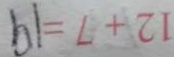
1 2 + 7 = 1 9